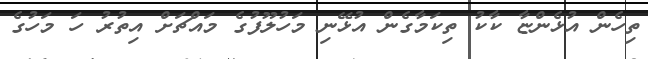
ތިހެން އުޅެންޏާ ކާކު ތިކަމާގެން އުޅޭނި މަހުލޫފުގެ މައްޗަށް އިތުރު ހަ މަހުގެ